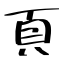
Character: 頁